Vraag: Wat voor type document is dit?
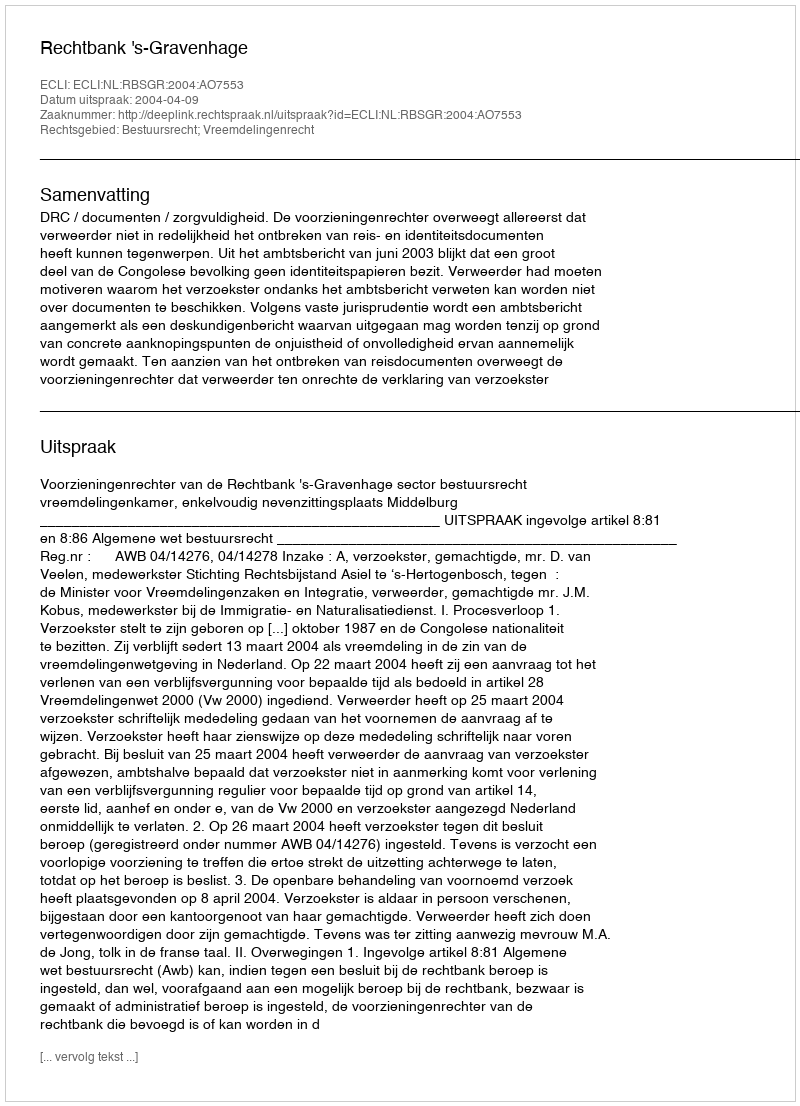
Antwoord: Uitspraak